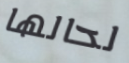
لحالها